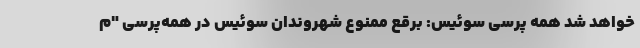
خواهد شد همه پرسی سوئیس: برقع ممنوع شهروندان سوئیس در همه‌پرسی "م